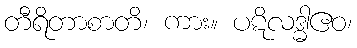
တီရိတာစာတိ၊ ကား။ ပဋိလဒ္ဓါဧဝ၊